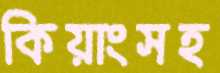
কিয়াংসহ